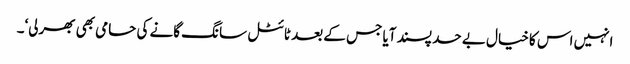
انہیں اس کا خیال بے حد پسند آیا جس کے بعد ٹائٹل سانگ گانے کی حامی بھی بھرلی‘۔